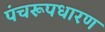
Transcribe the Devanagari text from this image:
पंचरूपधारण